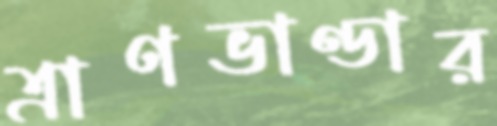
ত্রাণভাণ্ডার